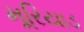
મૂરિયાડ